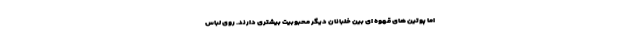
اما پوتین های قهوه ای بین خلبانان دیگر محبوبیت بیشتری دارند. روی لباس